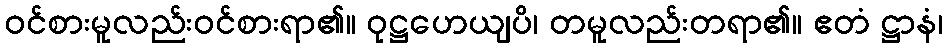
ဝင်စားမူလည်းဝင်စားရာ၏။ ဝုဋ္ဌဟေယျပိ၊ တမူလည်းတရာ၏။ ဧတံ ဋ္ဌာနံ၊